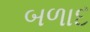
બળાદ